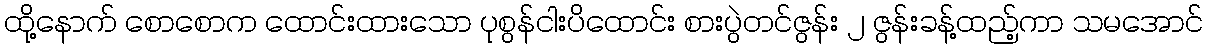
ထို့နောက် စောစောက ထောင်းထားသော ပုစွန်ငါးပိထောင်း စားပွဲတင်ဇွန်း ၂ ဇွန်းခန့်ထည့်ကာ သမအောင်